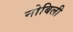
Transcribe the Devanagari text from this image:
नोबिली